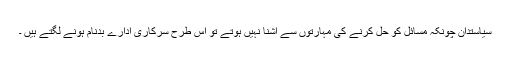
سیاستدان چونکہ مسائل کو حل کرنے کی مہارتوں سے آشنا نہیں ہوتے تو اس طرح سرکاری ادارے بدنام ہونے لگتے ہیں ۔